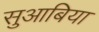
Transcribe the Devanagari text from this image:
सुआबिया